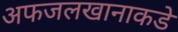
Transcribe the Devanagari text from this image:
अफजलखानाकडे